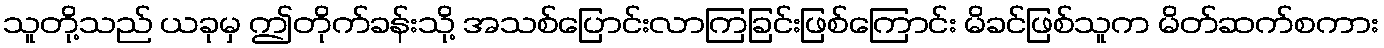
သူတို့သည် ယခုမှ ဤတိုက်ခန်းသို့ အသစ်ပြောင်းလာကြခြင်းဖြစ်ကြောင်း မိခင်ဖြစ်သူက မိတ်ဆက်စကား